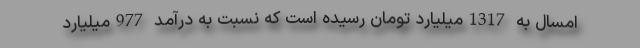
امسال به 1317میلیارد تومان رسیده است که نسبت به درآمد 977میلیارد